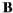
B